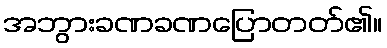
အဘွားခဏခဏပြောတတ်၏။